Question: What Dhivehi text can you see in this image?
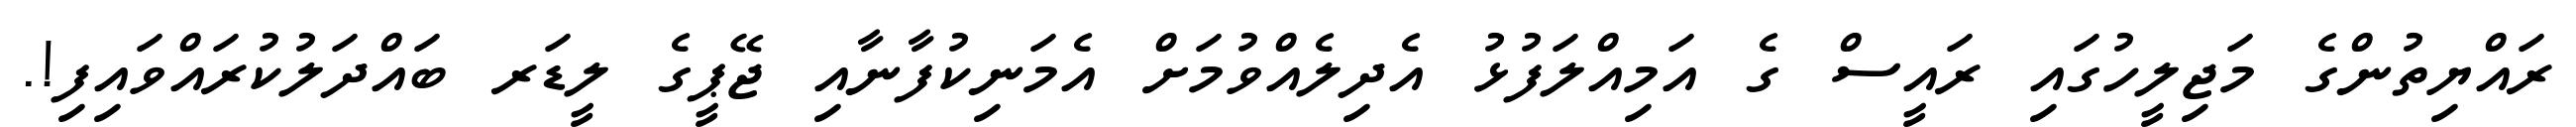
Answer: ރައްޔިތުންގެ މަޖިލީހުގައި ރައީސް ގެ އަމިއްލަފުޅު އެދިލެއްވުމަށް އެމަނިކުފާނާއި ޖޭޕީގެ ލީޑަރ ބައްދަލުކުރައްވައިފި!.